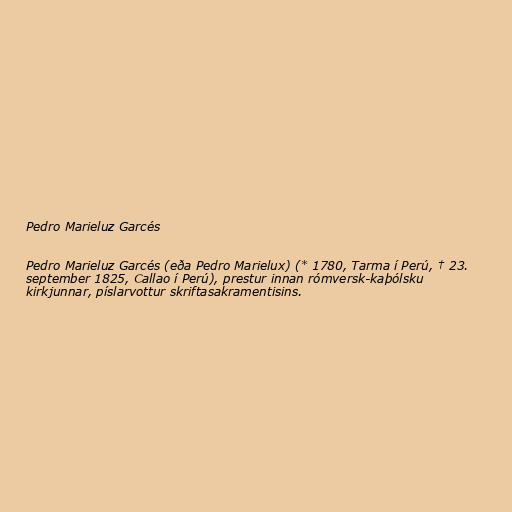
Pedro Marieluz Garcés

Pedro Marieluz Garcés (eða Pedro Marielux) (* 1780, Tarma í Perú, † 23.
september 1825, Callao í Perú), prestur innan rómversk-kaþólsku
kirkjunnar, píslarvottur skriftasakramentisins.